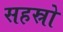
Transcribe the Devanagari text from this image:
सहस्रो